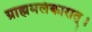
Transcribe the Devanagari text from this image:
ग्राह्ममलंकारात्।